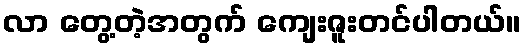
လာ တွေ့တဲ့အတွက် ကျေးဇူးတင်ပါတယ်။